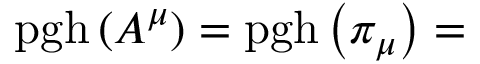
\mathrm { p g h } \left( A ^ { \mu } \right) = \mathrm { p g h } \left( \pi _ { \mu } \right) =